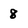
Character: 8